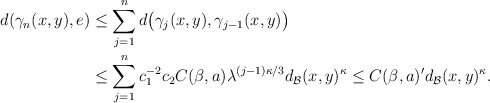
\begin{align*} d(\gamma_{n}(x,y), e)&\leq\sum_{j=1}^nd\big(\gamma_{j}(x,y), \gamma_{j-1}(x,y)\big)\\ &\leq \sum_{j=1}^nc_1^{-2}c_2C(\beta,a) \lambda^{(j-1)\kappa/3}d_{\mathcal{B}}(x,y)^\kappa\leq C(\beta,a)'d_{\mathcal{B}}(x,y)^\kappa.\end{align*}